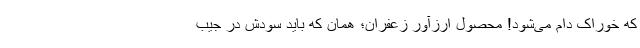
که خوراک دام می‌شود! محصول ارزآور زعفران؛ همان که باید سودش در جیب